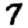
Digit: 7